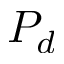
P _ { d }